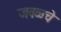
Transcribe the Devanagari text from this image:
जवळ्चे